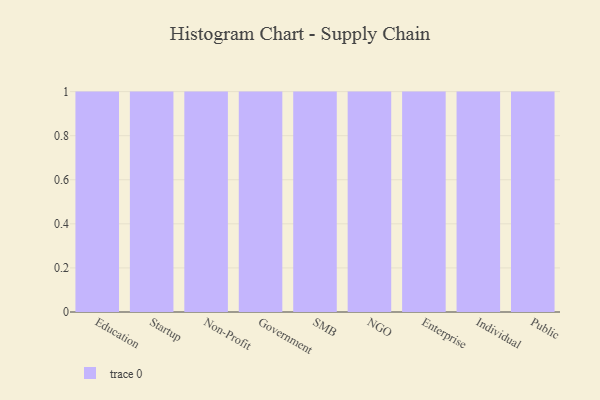
{"axis": {"x": "Segment", "y": "Net Income (USD K)"}, "legend": [""], "data": [{"x": "Education", "y": 80, "type": ""}, {"x": "Startup", "y": 26, "type": ""}, {"x": "Non-Profit", "y": 30, "type": ""}, {"x": "Government", "y": 70, "type": ""}, {"x": "SMB", "y": 13, "type": ""}, {"x": "NGO", "y": 79, "type": ""}, {"x": "Enterprise", "y": 6, "type": ""}, {"x": "Individual", "y": 9, "type": ""}, {"x": "Public", "y": 45, "type": ""}]}